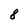
Character: 8